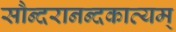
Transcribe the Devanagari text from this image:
सौन्दरानन्दकाव्यम्